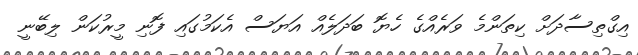
އިގްތިސާދަށް ކިތަންމެ ވަރެއްގެ ހެޔޮ ބަދަލެއް އަޔަސް އެކަމުގައި ފޮނި މީރުކަން ލިބޭނީ